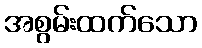
အစွမ်းထက်သော